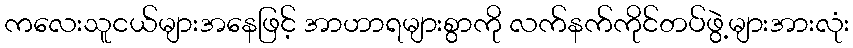
ကလေးသူငယ်များအနေဖြင့် အာဟာရများစွာကို လက်နက်ကိုင်တပ်ဖွဲ့များအားလုံး